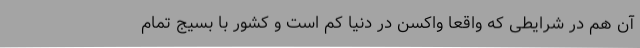
آن هم در شرایطی که واقعا واکسن در دنیا کم است و کشور با بسیج تمام